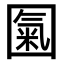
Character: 𡈏